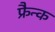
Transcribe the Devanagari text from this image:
फ्रैन्क